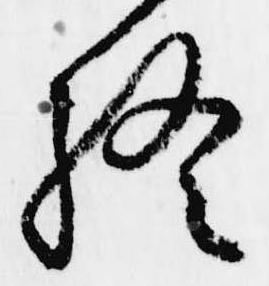
終